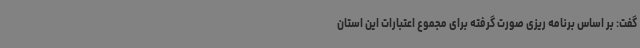
گفت: بر اساس برنامه ریزی صورت گرفته برای مجموع اعتبارات این استان